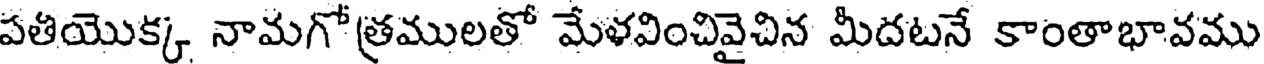
పతియొక్క నామగోత్రములతో మేళవించివైచిన మీదటనే కాంతాభావము